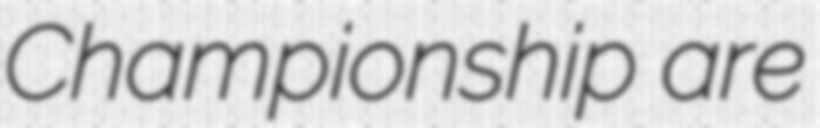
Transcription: Championship are